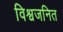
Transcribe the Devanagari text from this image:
विश्वजनित